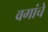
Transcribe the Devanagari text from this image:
वगांचे